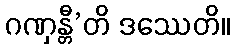
ဂဏှန္တီ’တိ ဒဿေတိ။